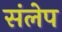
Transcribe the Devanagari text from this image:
संलेप